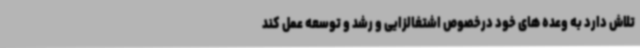
تلاش دارد به وعده های خود درخصوص اشتغالزایی و رشد و توسعه عمل کند